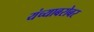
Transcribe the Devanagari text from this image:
यंच्याबरोबर